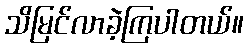
သိမြင်လာခဲ့ကြပါတယ်။